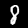
Digit: 8